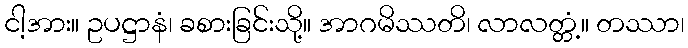
ငါ့အား။ ဥပဋ္ဌာနံ၊ ခစားခြင်းသို့။ အာဂမိဿတိ၊ လာလတ္တံ့။ တဿာ၊